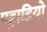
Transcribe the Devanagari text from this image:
पहाडि़यो